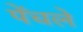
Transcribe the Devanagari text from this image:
पेंचले